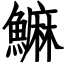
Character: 䲈